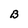
Character: B